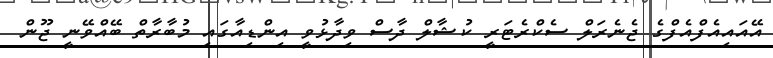
އޭއައިއެފްއެފްގެ ޖެނެރަލް ސެކްރެޓަރީ ކުޝާލް ދާސް ވިދާޅުވީ އިންޑިއާގައި މުބާރާތް ބޭއްވޭނީ ޖޫން